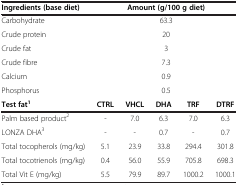
<table><thead><tr><td><b>Ingredients (base diet)</b></td><td colspan="5"><b>Amount (g/100 g diet)</b></td></tr></thead><tbody><tr><td>Carbohydrate</td><td colspan="5">63.3</td></tr><tr><td>Crude protein</td><td colspan="5">20</td></tr><tr><td>Crude fat</td><td colspan="5">3</td></tr><tr><td>Crude fibre</td><td colspan="5">7.3</td></tr><tr><td>Calcium</td><td colspan="5">0.9</td></tr><tr><td>Phosphorus</td><td colspan="5">0.5</td></tr><tr><td><b>Test fat</b><sup><b>1</b></sup></td><td><b>CTRL</b></td><td><b>VHCL</b></td><td><b>DHA</b></td><td><b>TRF</b></td><td><b>DTRF</b></td></tr><tr><td>Palm based product<sup>2</sup></td><td>-</td><td>7.0</td><td>6.3</td><td>7.0</td><td>6.3</td></tr><tr><td>LONZA DHA<sup>3</sup></td><td>-</td><td>-</td><td>0.7</td><td>-</td><td>0.7</td></tr><tr><td>Total tocopherols (mg/kg)</td><td>5.1</td><td>23.9</td><td>33.8</td><td>294.4</td><td>301.8</td></tr><tr><td>Total tocotrienols (mg/kg)</td><td>0.4</td><td>56.0</td><td>55.9</td><td>705.8</td><td>698.3</td></tr><tr><td>Total Vit E (mg/kg)</td><td>5.5</td><td>79.9</td><td>89.7</td><td>1000.2</td><td>1000.1</td></tr></tbody></table>